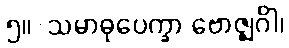
၅။	သမာဓုပေက္ခာ ဗောဇ္ဈင်္ဂါ၊